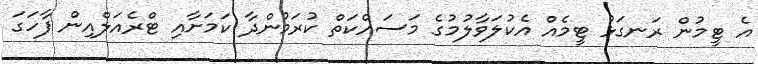
އެ ޓީމުން ރަނގަޅު ޓީމެއް އެކުލަވާލުމުގެ މަސައްކަތް ކުރަމުންދާ ކަމަށާއި ޓްރެއަލްއިން ފާހަގަ